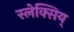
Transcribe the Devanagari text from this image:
स्लेक्सिय्